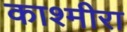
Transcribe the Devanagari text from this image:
काश्मीरा